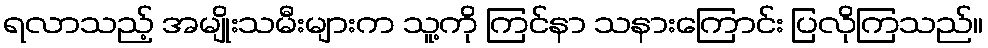
ရလာသည့် အမျိုးသမီးများက သူ့ကို ကြင်နာ သနားကြောင်း ပြလိုကြသည်။